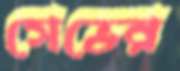
সেভের